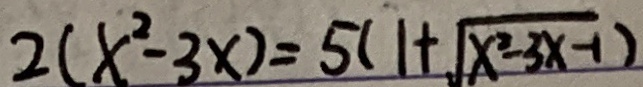
2 ( x ^ { 2 } - 3 x ) = 5 ( 1 + \sqrt { x ^ { 2 } - 3 x - 1 } )